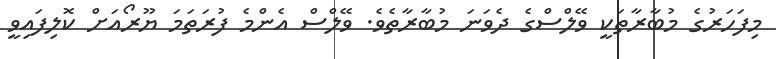
މިފަހަރުގެ މުބާރާތަކީ ވޭލްސްގެ ދެވަނަ މުބާރާތެވެ. ވޭލްސް އެންމެ ފުރަތަމަ ޔޫރޯއަށް ކޮލިފައިވީ